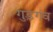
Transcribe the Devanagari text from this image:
गुड़गंव